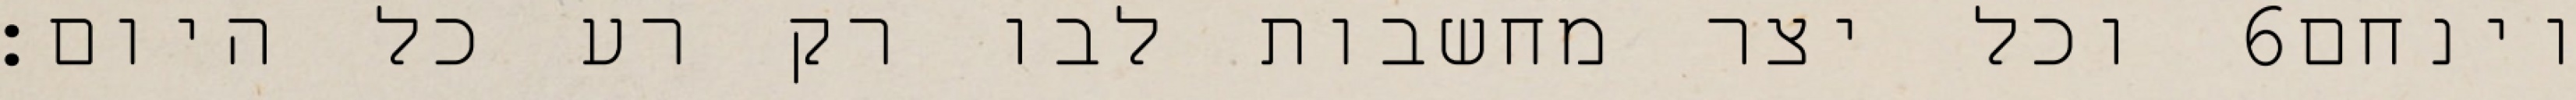
וכל יצר מחשבות לבו רק רע כל היום׃ ‎6‏ וינחם